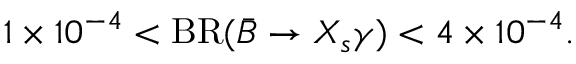
1 \times 1 0 ^ { - 4 } < \mathrm { B R } ( \bar { B } \rightarrow X _ { s } \gamma ) < 4 \times 1 0 ^ { - 4 } .